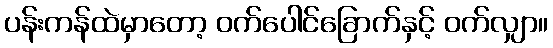
ပန်းကန်ထဲမှာတော့ ဝက်ပေါင်ခြောက်နှင့် ဝက်လျှာ။